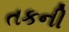
તકની